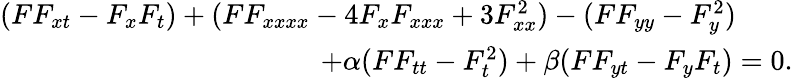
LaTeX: \begin{array}{r}{(FF_{xt}-F_{x}F_{t})+(FF_{xxxx}-4F_{x}F_{xxx}+3F_{xx}^{2})-(FF_{yy}-F_{y}^{2})\qquad}\\ {+\alpha(FF_{tt}-F_{t}^{2})+\beta(FF_{yt}-F_{y}F_{t})=0.}\end{array}